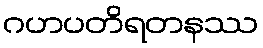
ဂဟပတိရတနဿ